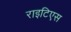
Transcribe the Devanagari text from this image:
राइटिएस